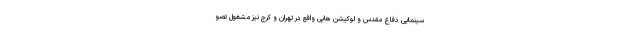
سینمایی دفاع مقدس و لوکیشن هایی واقع در تهران و کرج نیز مشغول تصو